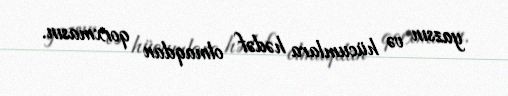
yazsın və hücumlara hədəf olmaqdan qorxmasın.